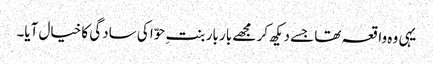
یہی وہ واقعہ تھا جسے دیکھ کر مجھے بار بار بنتِ حوّا کی سادگی کا خیال آیا۔